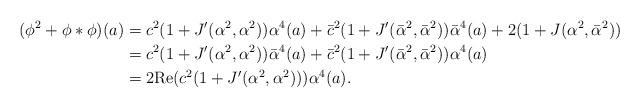
LaTeX: \begin{align*} (\phi^2+\phi*\phi)(a) & = c^2(1+J'(\alpha^2,\alpha^2))\alpha^4(a)+\bar c^2(1+J'(\bar\alpha^2,\bar\alpha^2))\bar\alpha^4(a) +2(1+J(\alpha^2,\bar\alpha^2)) \\ & = c^2(1+J'(\alpha^2,\alpha^2))\bar\alpha^4(a)+\bar c^2(1+J'(\bar\alpha^2,\bar\alpha^2))\alpha^4(a)\\ & = 2\mathrm{Re}(c^2(1+J'(\alpha^2,\alpha^2)))\alpha^4(a).\end{align*}